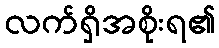
လက်ရှိအစိုးရ၏